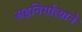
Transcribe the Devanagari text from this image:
सहनिर्मात्याने